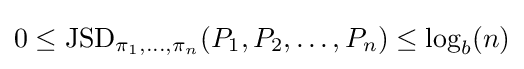
0\leq {\rm {JSD}}_{\pi _{1},\ldots ,\pi _{n}}(P_{1},P_{2},\ldots ,P_{n})\leq \log _{b}(n)